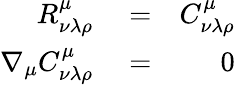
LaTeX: \begin{array}{rlr}{R_{\nu\lambda\rho}^{\mu}}&{{}=}&{C_{\nu\lambda\rho}^{\mu}}\\ {\nabla_{\mu}C_{\nu\lambda\rho}^{\mu}}&{{}=}&{0}\end{array}